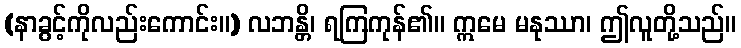
(နာခွင့်ကိုလည်းကောင်း။) လဘန္တိ၊ ရကြကုန်၏။ ဣမေ မနုဿာ၊ ဤလူတို့သည်။